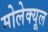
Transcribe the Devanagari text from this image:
मोलेक्यूल